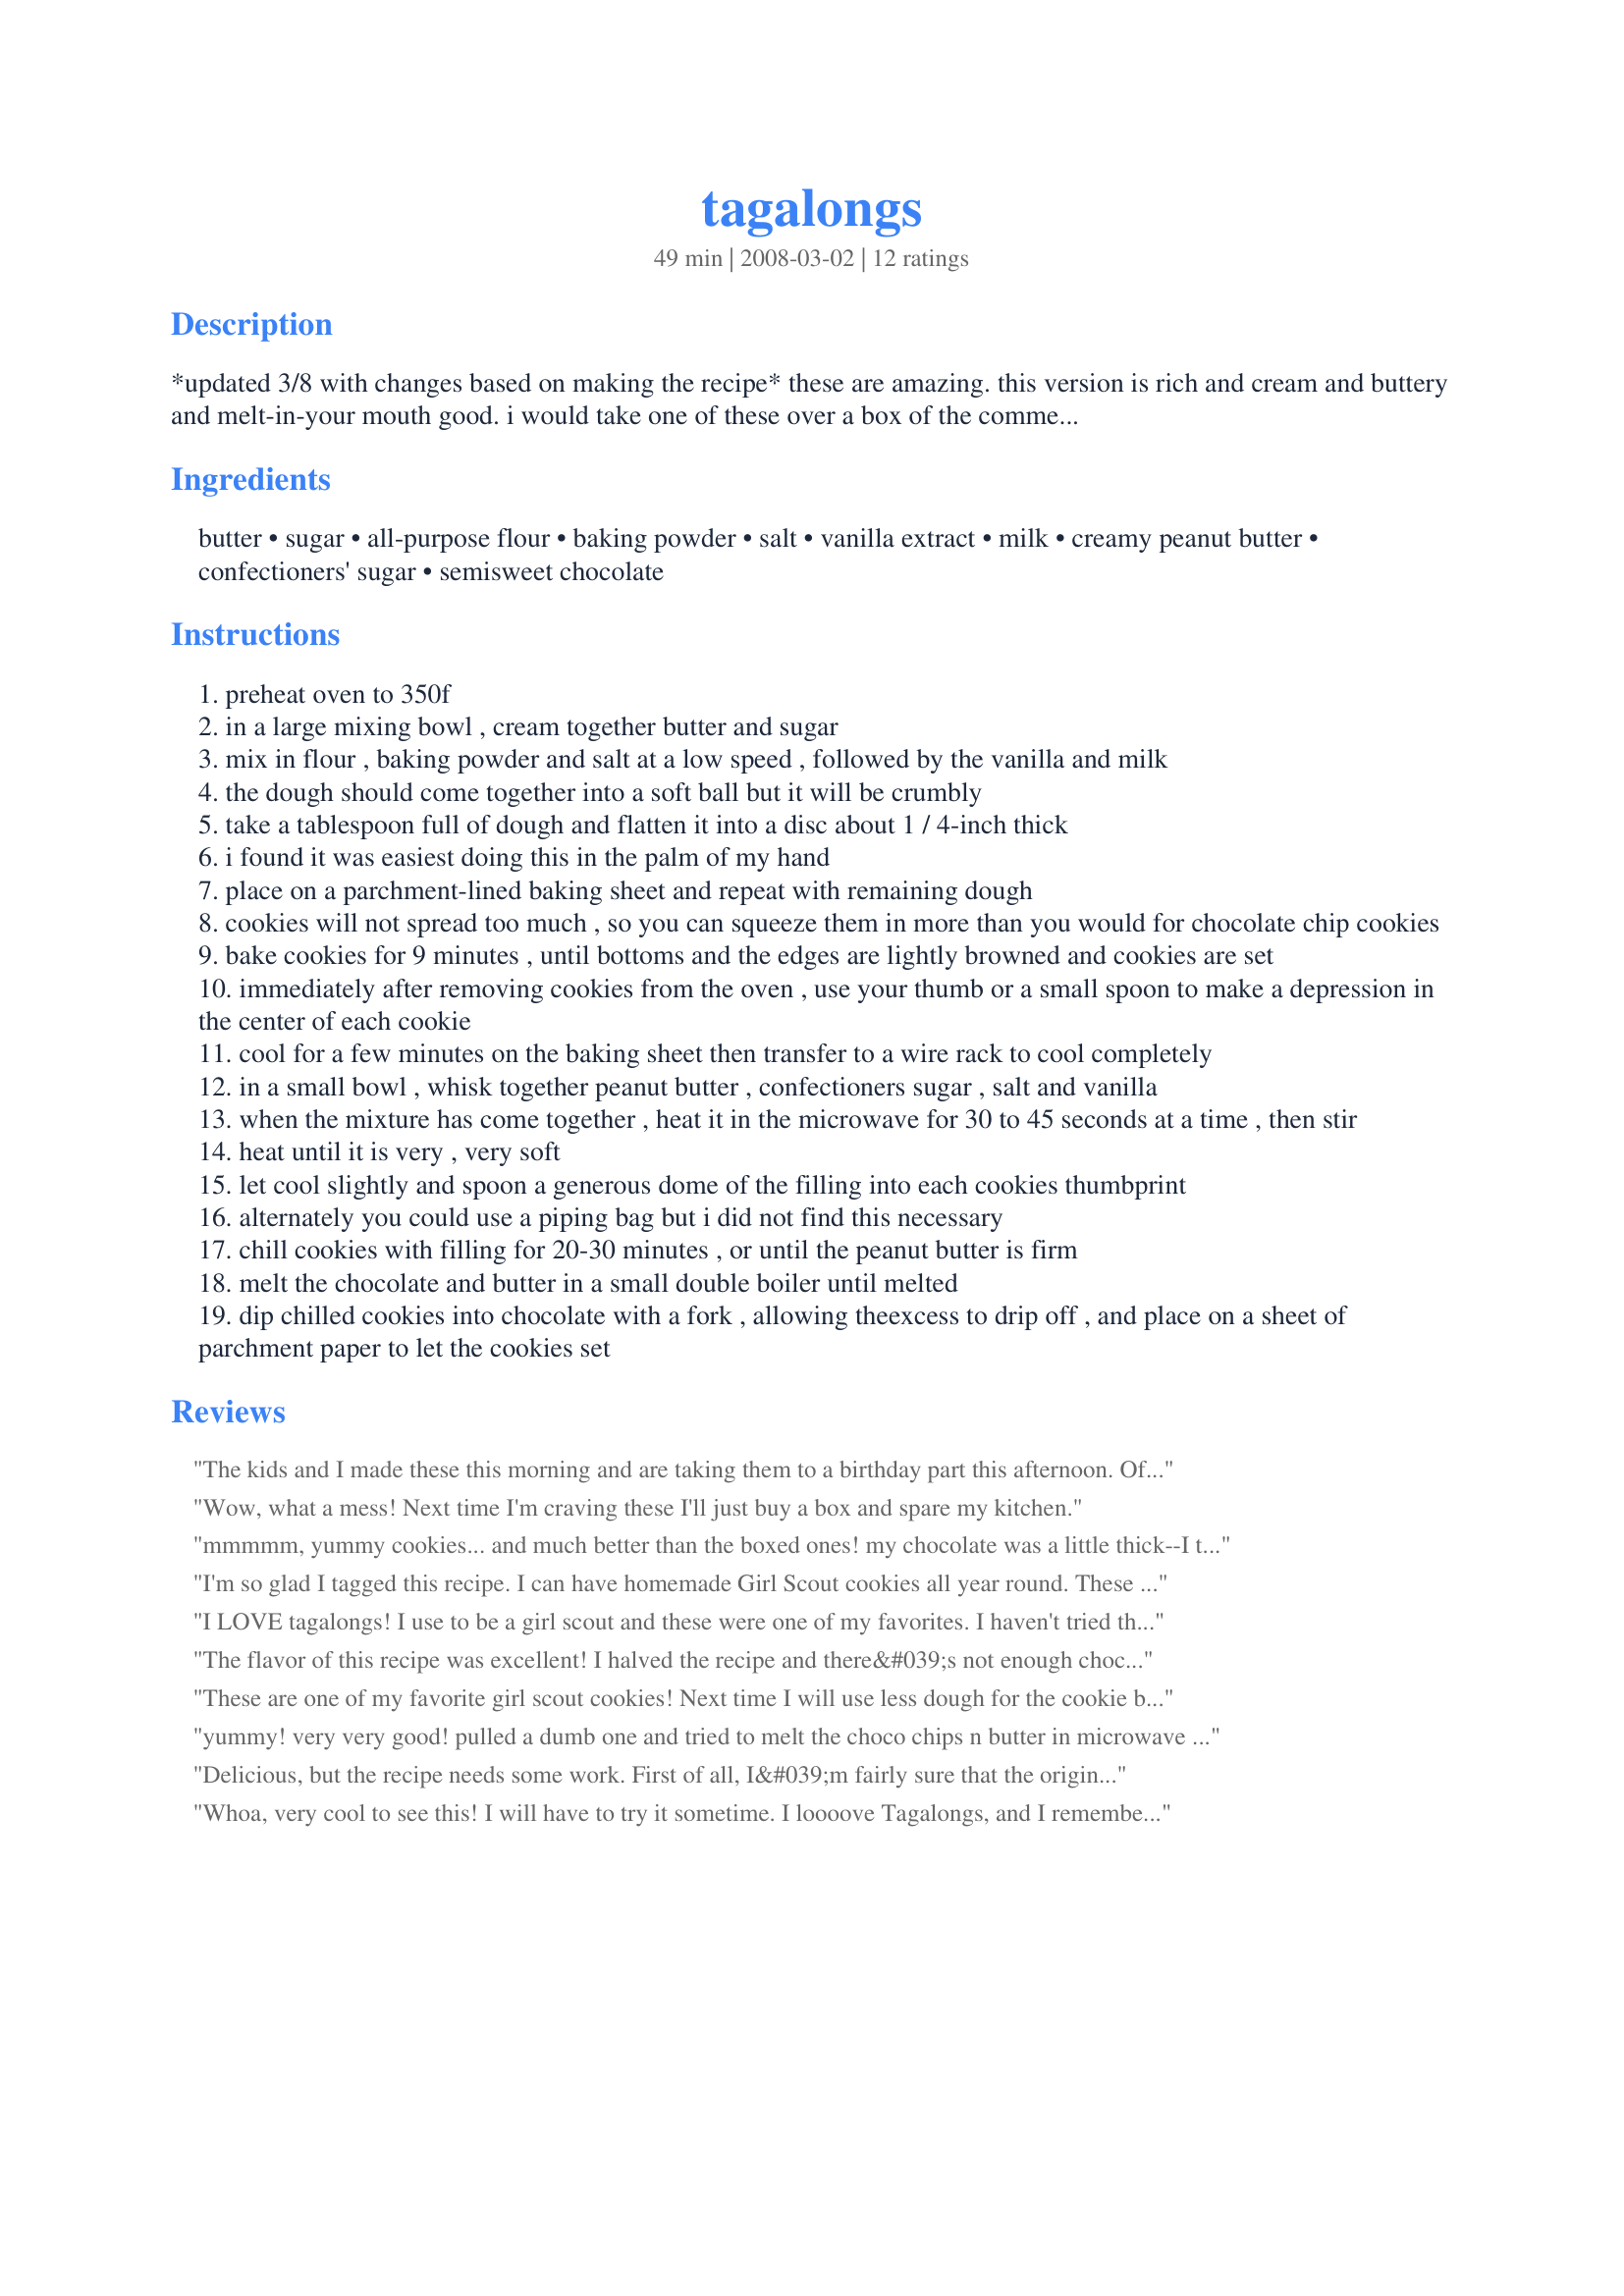
tagalongs
Preparation time: 49 minutes

*updated 3/8 with changes based on making the recipe* these are amazing. this version is rich and cream and buttery and melt-in-your mouth good. i would take one of these over a box of the commercial ones any day.

Ingredients:
butter, sugar, all-purpose flour, baking powder, salt, vanilla extract, milk, creamy peanut butter, confectioners' sugar, semisweet chocolate

Steps:
preheat oven to 350f
in a large mixing bowl , cream together butter and sugar
mix in flour , baking powder and salt at a low speed , followed by the vanilla and milk
the dough should come together into a soft ball but it will be crumbly
take a tablespoon full of dough and flatten it into a disc about 1 / 4-inch thick
i found it was easiest doing this in the palm of my hand
place on a parchment-lined baking sheet and repeat with remaining dough
cookies will not spread too much , so you can squeeze them in more than you would for chocolate chip cookies
bake cookies for 9 minutes , until bottoms and the edges are lightly browned and cookies are set
immediately after removing cookies from the oven , use your thumb or a small spoon to make a depression in the center of each cookie
cool for a few minutes on the baking sheet then transfer to a wire rack to cool completely
in a small bowl , whisk together peanut butter , confectioners sugar , salt and vanilla
when the mixture has come together , heat it in the microwave for 30 to 45 seconds at a time , then stir
heat until it is very , very soft
let cool slightly and spoon a generous dome of the filling into each cookies thumbprint
alternately you could use a piping bag but i did not find this necessary
chill cookies with filling for 20-30 minutes , or until the peanut butter is firm
melt the chocolate and butter in a small double boiler until melted
dip chilled cookies into chocolate with a fork , allowing theexcess to drip off , and place on a sheet of parchment paper to let the cookies set

Reviews:
The kids and I made these this morning and are taking them to a birthday part this afternoon. Of course we had to taste first. It has been along time since I had tagalongs, so can't be sure how close they taste. Doesn't matter though because they sure are good. Also, not as hard to make as I thought. Thanks Heidi.
Wow, what a mess! Next time I'm craving these I'll just buy a box and spare my kitchen.
mmmmm, yummy cookies... and much better than the boxed ones! my chocolate was a little thick--I think I'll try making it a little thinner next time. somehow. and my cookies didn't stay crisp after they were chocolated. I have yet to freeze them to see how that works--it's my favorite way to eat the boxed version. and I think making the dip after pulling the cookies out of the oven is important if you like a lot of pb, 'cause otherwise it'll run over the edges of the cookie pretty quickly, and I had plenty of pb mixture left over, too.
I'm so glad I tagged this recipe. I can have homemade Girl Scout cookies all year round. These are delicious! I did have a lot of filling leftover, so I will probably cut that down by half next time. I also had to use a little bit more chocolate. Thanks! :D
I LOVE tagalongs! I use to be a girl scout and these were one of my favorites. I haven't tried this recipe yet but I will very soon. I can't wait! :)
The flavor of this recipe was excellent! I halved the recipe and there&#039;s not enough chocolate to coat all the cookies. I also had to add some milk to the chocolate coating because it was way too thick. I ended up coating half of the cookies.
These are one of my favorite girl scout cookies! Next time I will use less dough for the cookie because I felt there was too much and it was too thick, but that is personal preference. I added a little bit of butter and some corn syrup to the chocolate while it was melting and it gave the cookies a shiny coating and they set up very well. Yummy!
yummy! very very good! pulled a dumb one and tried to melt the choco chips n butter in microwave (even though i knew better) and pretty much puttied the chocolate onto the top of the cookies (but seemed somewhat therapudic!). taste wonderful! may double the peanut butter next time as i seem to never get enuf of it! what sinfully rich chocolate drops of goodness these are! thanks Invictus!! will deffinatley double boil chips next time! may even expand my waist and add a drizzle of caramel over the top! :)
Delicious, but the recipe needs some work. First of all, I&#039;m fairly sure that the original Tagalongs have a milk chocolate coating. Secondly, there&#039;s too much peanut butter filling and not enough chocolate in this recipe. I ended up making three batches of chocolate: I overcooked the first and it turned into something like mousse; the second was better but still not really dipping material; I was able to spread on the cookies with a knife like butter. Then, when I ran out of that, I tried again using a little milk to make it thinner. At that point it was more like dipping chocolate but still wouldn&#039;t have been enough to go around. I&#039;m waiting to see if they set completely. I was using chocolate chips, admittedly not the best material for dipping chocolate. If I do this again, I&#039;m going to try it with milk chocolate.
Whoa, very cool to see this! I will have to try it sometime. I loooove Tagalongs, and I remember when I was a Girl Scout, they first were called "Peanut Butter Patties" then "Hoe Downs" and finally, "Tagalongs".
The taste of these was pretty good, but they just didn't really work out for me. I made a half recipe and the chocolate was so thick I only really had enough to coat 5 cookies. The rest just got a dollop on top. Also, I used natural peanut butter and it was way too thick, even after heating, to really spread over the top. Thank you for giving me a new cookie to try! Made for PRMR tag.
Great and delicious cookies. Thought they werwe like the girl scout cookies. They were very very good. Made for 1-2-3-4 hit wonders.
